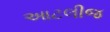
આટલીજ